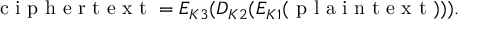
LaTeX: { \textrm { c i p h e r t e x t } } = E _ { K 3 } ( D _ { K 2 } ( E _ { K 1 } ( { \textrm { p l a i n t e x t } } ) ) ) .